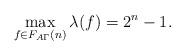
LaTeX: \begin{align*}\max_{f \in F_{A\Gamma}(n)} \lambda(f) = 2^n - 1.\end{align*}